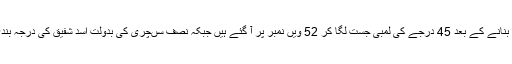
مرد میدان قرار پانے والے خرم منظور پہلی اننگز میں 146 رنز بنانے کے بعد 45 درجے کی لمبی جست لگا کر 52 ویں نمبر پر آ گئے ہیں جبکہ نصف سںچری کی بدولت اسد شفیق کی درجہ بندی میں بھی بہتری آئی ہے اور وہ پچیسویں نمبر پر آن پہنچے ہیں۔